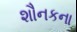
શૌનકના